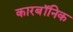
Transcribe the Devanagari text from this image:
कारबॉनिक